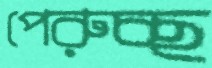
পেরুচ্ছ